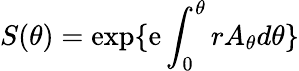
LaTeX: S(\theta)=\exp\{ \mathrm{e}\int_{0}^{\theta}rA_{\theta}d\theta\}